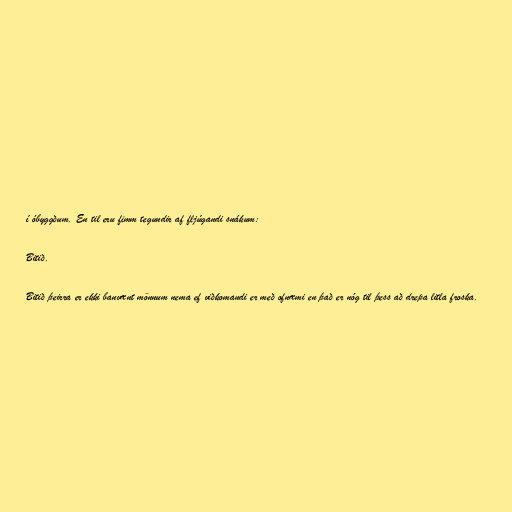
í óbyggðum. En til eru fimm tegundir af fljúgandi snákum:

Bitið.

Bitið þeirra er ekki banvænt mönnum nema ef viðkomandi er með ofnæmi en það er nóg til þess að drepa litla froska.